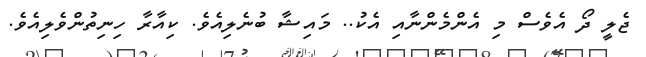
ޖެލީ ދޯ އެވެސް މި އެންމެންނާއި އެކު.. މައިޝާ ބުނެލިއެވެ. ކިއާރާ ހިނިތުންވެލިއެވެ.